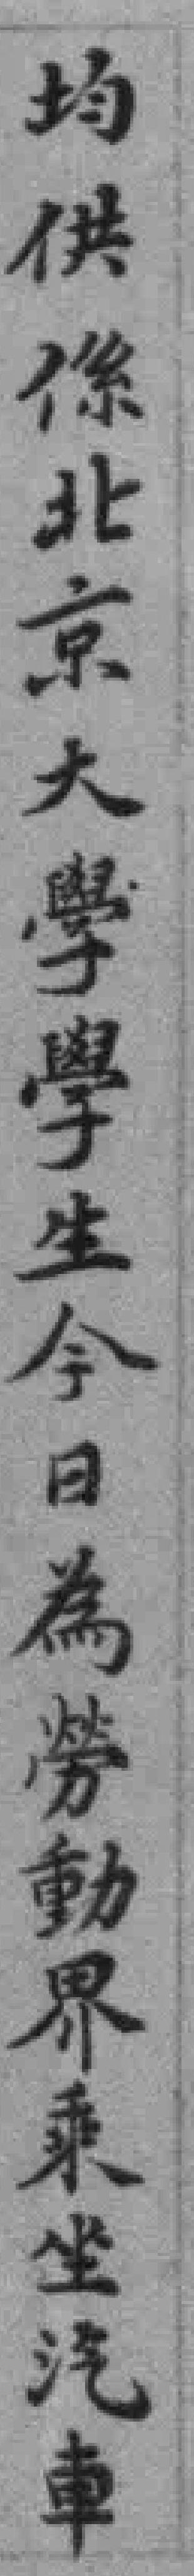
均供徐北京大學學生今日為勞動界乘坐汽車